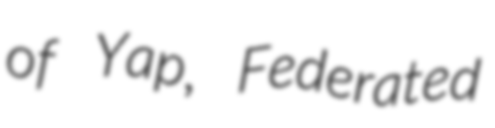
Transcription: of Yap, Federated